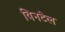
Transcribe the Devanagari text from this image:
विनटेल